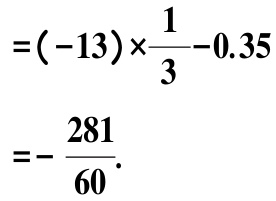
\[

\begin{align*}

&=(-13)\times\frac{1}{3}-0.35\\

&=-\frac{281}{60}.

\end{align*}

\]